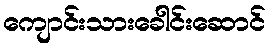
ကျောင်းသားခေါင်းဆောင်